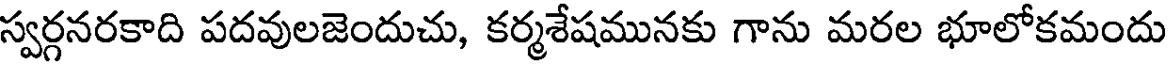
స్వర్గనరకాది పదవులజెందుచు, కర్మశేషమునకు గాను మరల భూలోకమందు